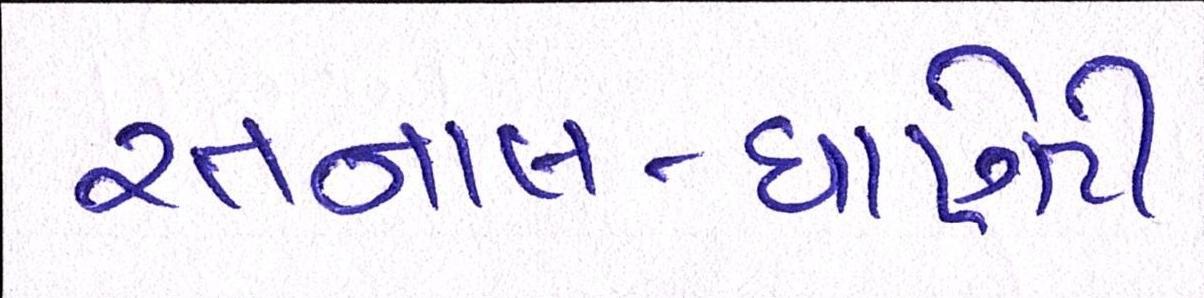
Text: રતનાલ-ધાણેટી